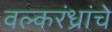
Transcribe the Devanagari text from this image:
वल्करंध्रांचे